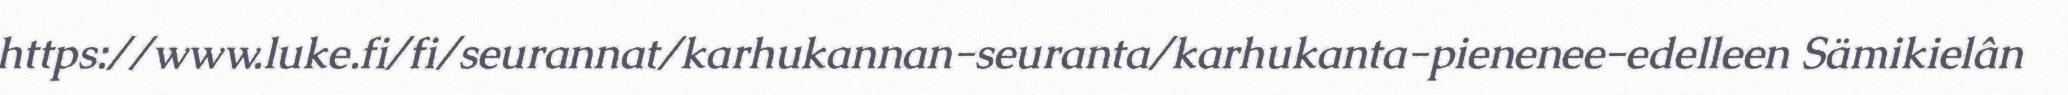
https://www.luke.fi/fi/seurannat/karhukannan-seuranta/karhukanta-pienenee-edelleen Sämikielân